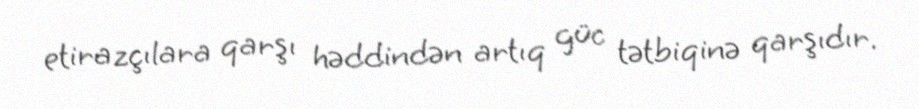
etirazçılara qarşı həddindən artıq güc tətbiqinə qarşıdır.